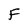
Character: F